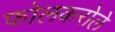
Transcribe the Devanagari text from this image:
फोलकरोले